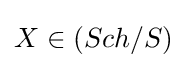
X\in (Sch/S)